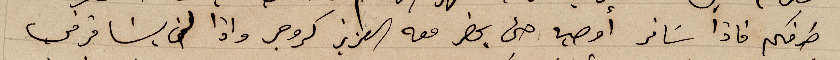
طرفكم فاذا سَافر أوصيه حتى يحضر معه العزيز كروجر واذا لم يسافر في